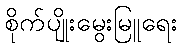
စိုက်ပျိုးမွေးမြူရေး